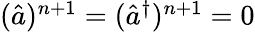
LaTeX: \begin{array}{r}{(\hat{a})^{n+1}=(\hat{a}^{\dagger})^{n+1}=0}\end{array}